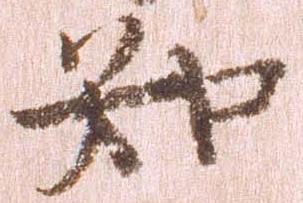
知